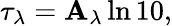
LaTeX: \tau_{\lambda}=\mathbf{A}_{\lambda}\ln10,